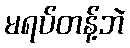
မရပ်တန့်ဘဲ